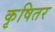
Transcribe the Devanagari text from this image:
कृषितर